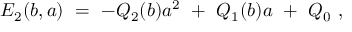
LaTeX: E _ { 2 } ( b , a ) \ = \ - Q _ { 2 } ( b ) a ^ { 2 } \ + \ Q _ { 1 } ( b ) a \ + \ Q _ { 0 } \ ,